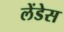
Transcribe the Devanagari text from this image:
लेंडेस